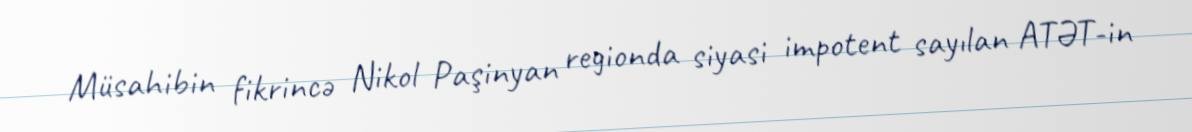
Müsahibin fikrincə Nikol Paşinyan regionda siyasi impotent sayılan ATƏT-in